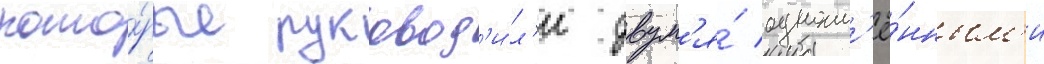
кото́рые руковод'и́л'и двум'я́ одноим'ё́нным'и